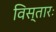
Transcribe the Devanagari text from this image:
विस्तारः